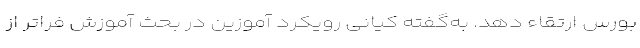
بورس ارتقاء دهد. به‌گفته کیانی رویکرد آموزین در بحث آموزش فراتر از